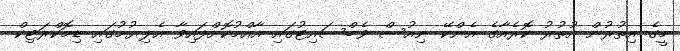
މީގެ އިތުރުން އުތުރު ކޮރެއާގެ އެންކޭ ނިއުސް ވެބްސައިޓުގައި އާއްމުކޮށްފައިވާ އެލިޔުމުގައި ޑިމޮކްރަޓިކް